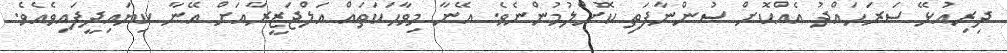
ދިރިއުޅޭ ސަރަހައްދު އެއްކޮށް ސުންނާފަތި ކޮށްލުމުންނެެވެ. އޭނާ މިވާހަކަތައް އަލްޖަޒީރާއަށް އޭނާ ކިޔައިދީފައިވެއެވެ.